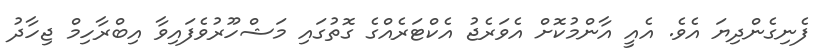
ފެނިގެންދިޔަ އެވެ. އެއީ އާންމުކޮށް އެވަރެޖު އެކްޓަރެއްގެ ގޮތުގައި މަޝްހޫރުވެފައިވާ އިބްރާހިމް ޖިހާދު